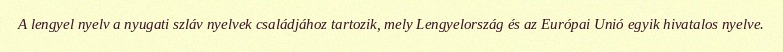
A lengyel nyelv a nyugati szláv nyelvek családjához tartozik, mely Lengyelország és az Európai Unió egyik hivatalos nyelve.